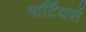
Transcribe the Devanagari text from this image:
मार्टियर्स